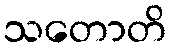
သတောတိ